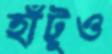
হাঁটুও